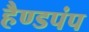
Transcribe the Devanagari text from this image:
हैण्डपंप